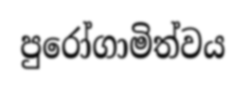
පුරෝගාමිත්වය